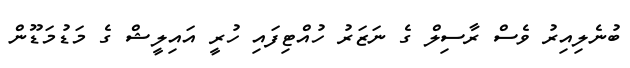
ބުނެލިއިރު ވެސް ރާސިލް ގެ ނަޒަރު ހުއްޓިފައި ހުރީ އައިލީޝް ގެ މަޑުމަޑޫން